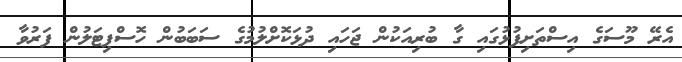
އެރޭ މޫސަގެ އިސްތަށިފުޅުގައި ގާ ބުރިއަކުން ޖަހައި ދުޅަކޮށްލުމުގެ ސަބަބުން ހޮސްޕިޓަލުން ފަރުވާ